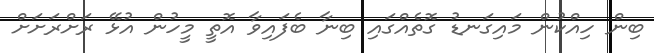
ބިން ހިއްކުން މައިގަނޑު ގޮތެއްގައި ބިނާ ބެފައިވާ އޮތީ މީހުން އުޅޭ ރަށްރަށަށް